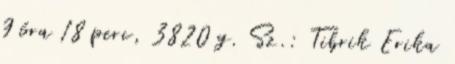
9 óra 18 perc, 3820 g. Sz.: Tibrik Erika